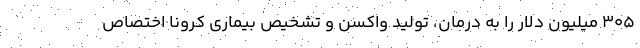
305 میلیون دلار را به درمان، تولید واکسن و تشخیص بیماری کرونا اختصاص